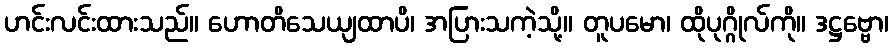
ဟင်းလင်းထားသည်။ ဟောတိသေယျထာပိ၊ အပြားသကဲ့သို့။ တူပမော၊ ထိုပုဂ္ဂိုလ်ကို။ ဒဋ္ဌဗ္ဗော၊